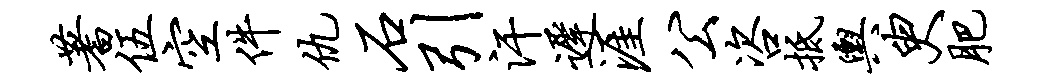
蓍伍空件仇石引汗迟涯公咨抵舆臾肥